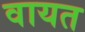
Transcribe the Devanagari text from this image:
वायत